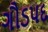
ગૌડપદ